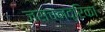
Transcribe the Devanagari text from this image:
जसचन्द्रिका